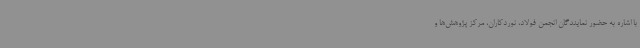
با اشاره به حضور نمایندگان انجمن فولاد، نوردکاران، مرکز پژوهش‌ها و